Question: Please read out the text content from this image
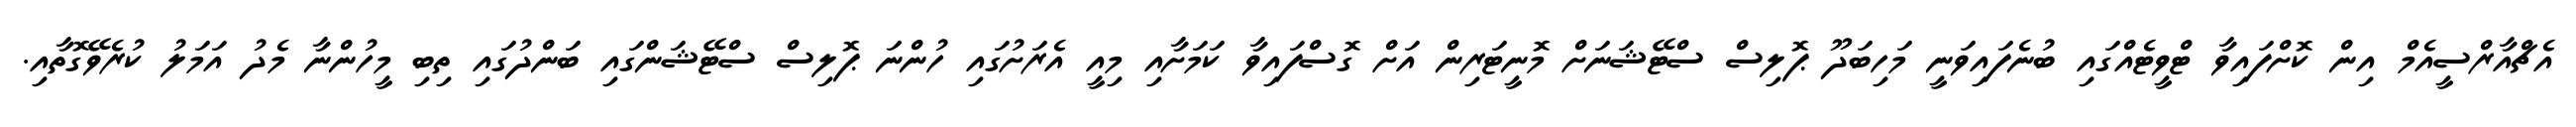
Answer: އެޗްއާރްސީއެމް އިން ކޮށްފައިވާ ޓްވީޓެއްގައި ބުނެފައިވަނީ މަހިބަދޫ ޕޮލިސް ސްޓޭޝަނަށް މޮނީޓަރިން އަށް ގޮސްފައިވާ ކަމަށާއި މިއީ އެރަށުގައި ހުންނަ ޕޮލިސް ސްޓޭޝަންގައި ބަންދުގައި ތިބި މީހުންނާ މެދު އަމަލު ކުރެވޭގޮތާއި.